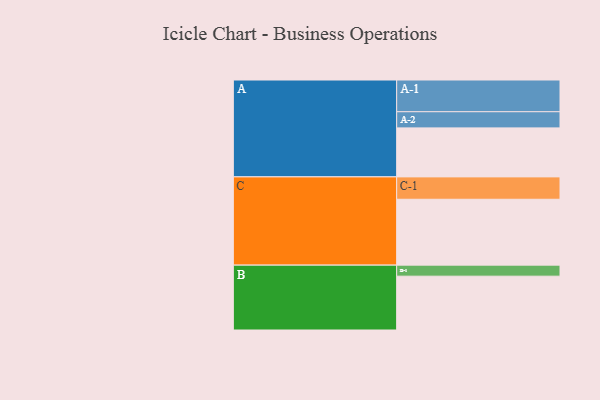
{"axis": {"x": "Segment", "y": "Value"}, "legend": ["", "A", "B", "C"], "data": [{"x": "A", "y": 346, "type": ""}, {"x": "B", "y": 380, "type": ""}, {"x": "C", "y": 465, "type": ""}, {"x": "A-1", "y": 224, "type": "A"}, {"x": "A-2", "y": 114, "type": "A"}, {"x": "B-1", "y": 78, "type": "B"}, {"x": "C-1", "y": 158, "type": "C"}]}